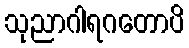
သုညာဂါရဂတောပိ